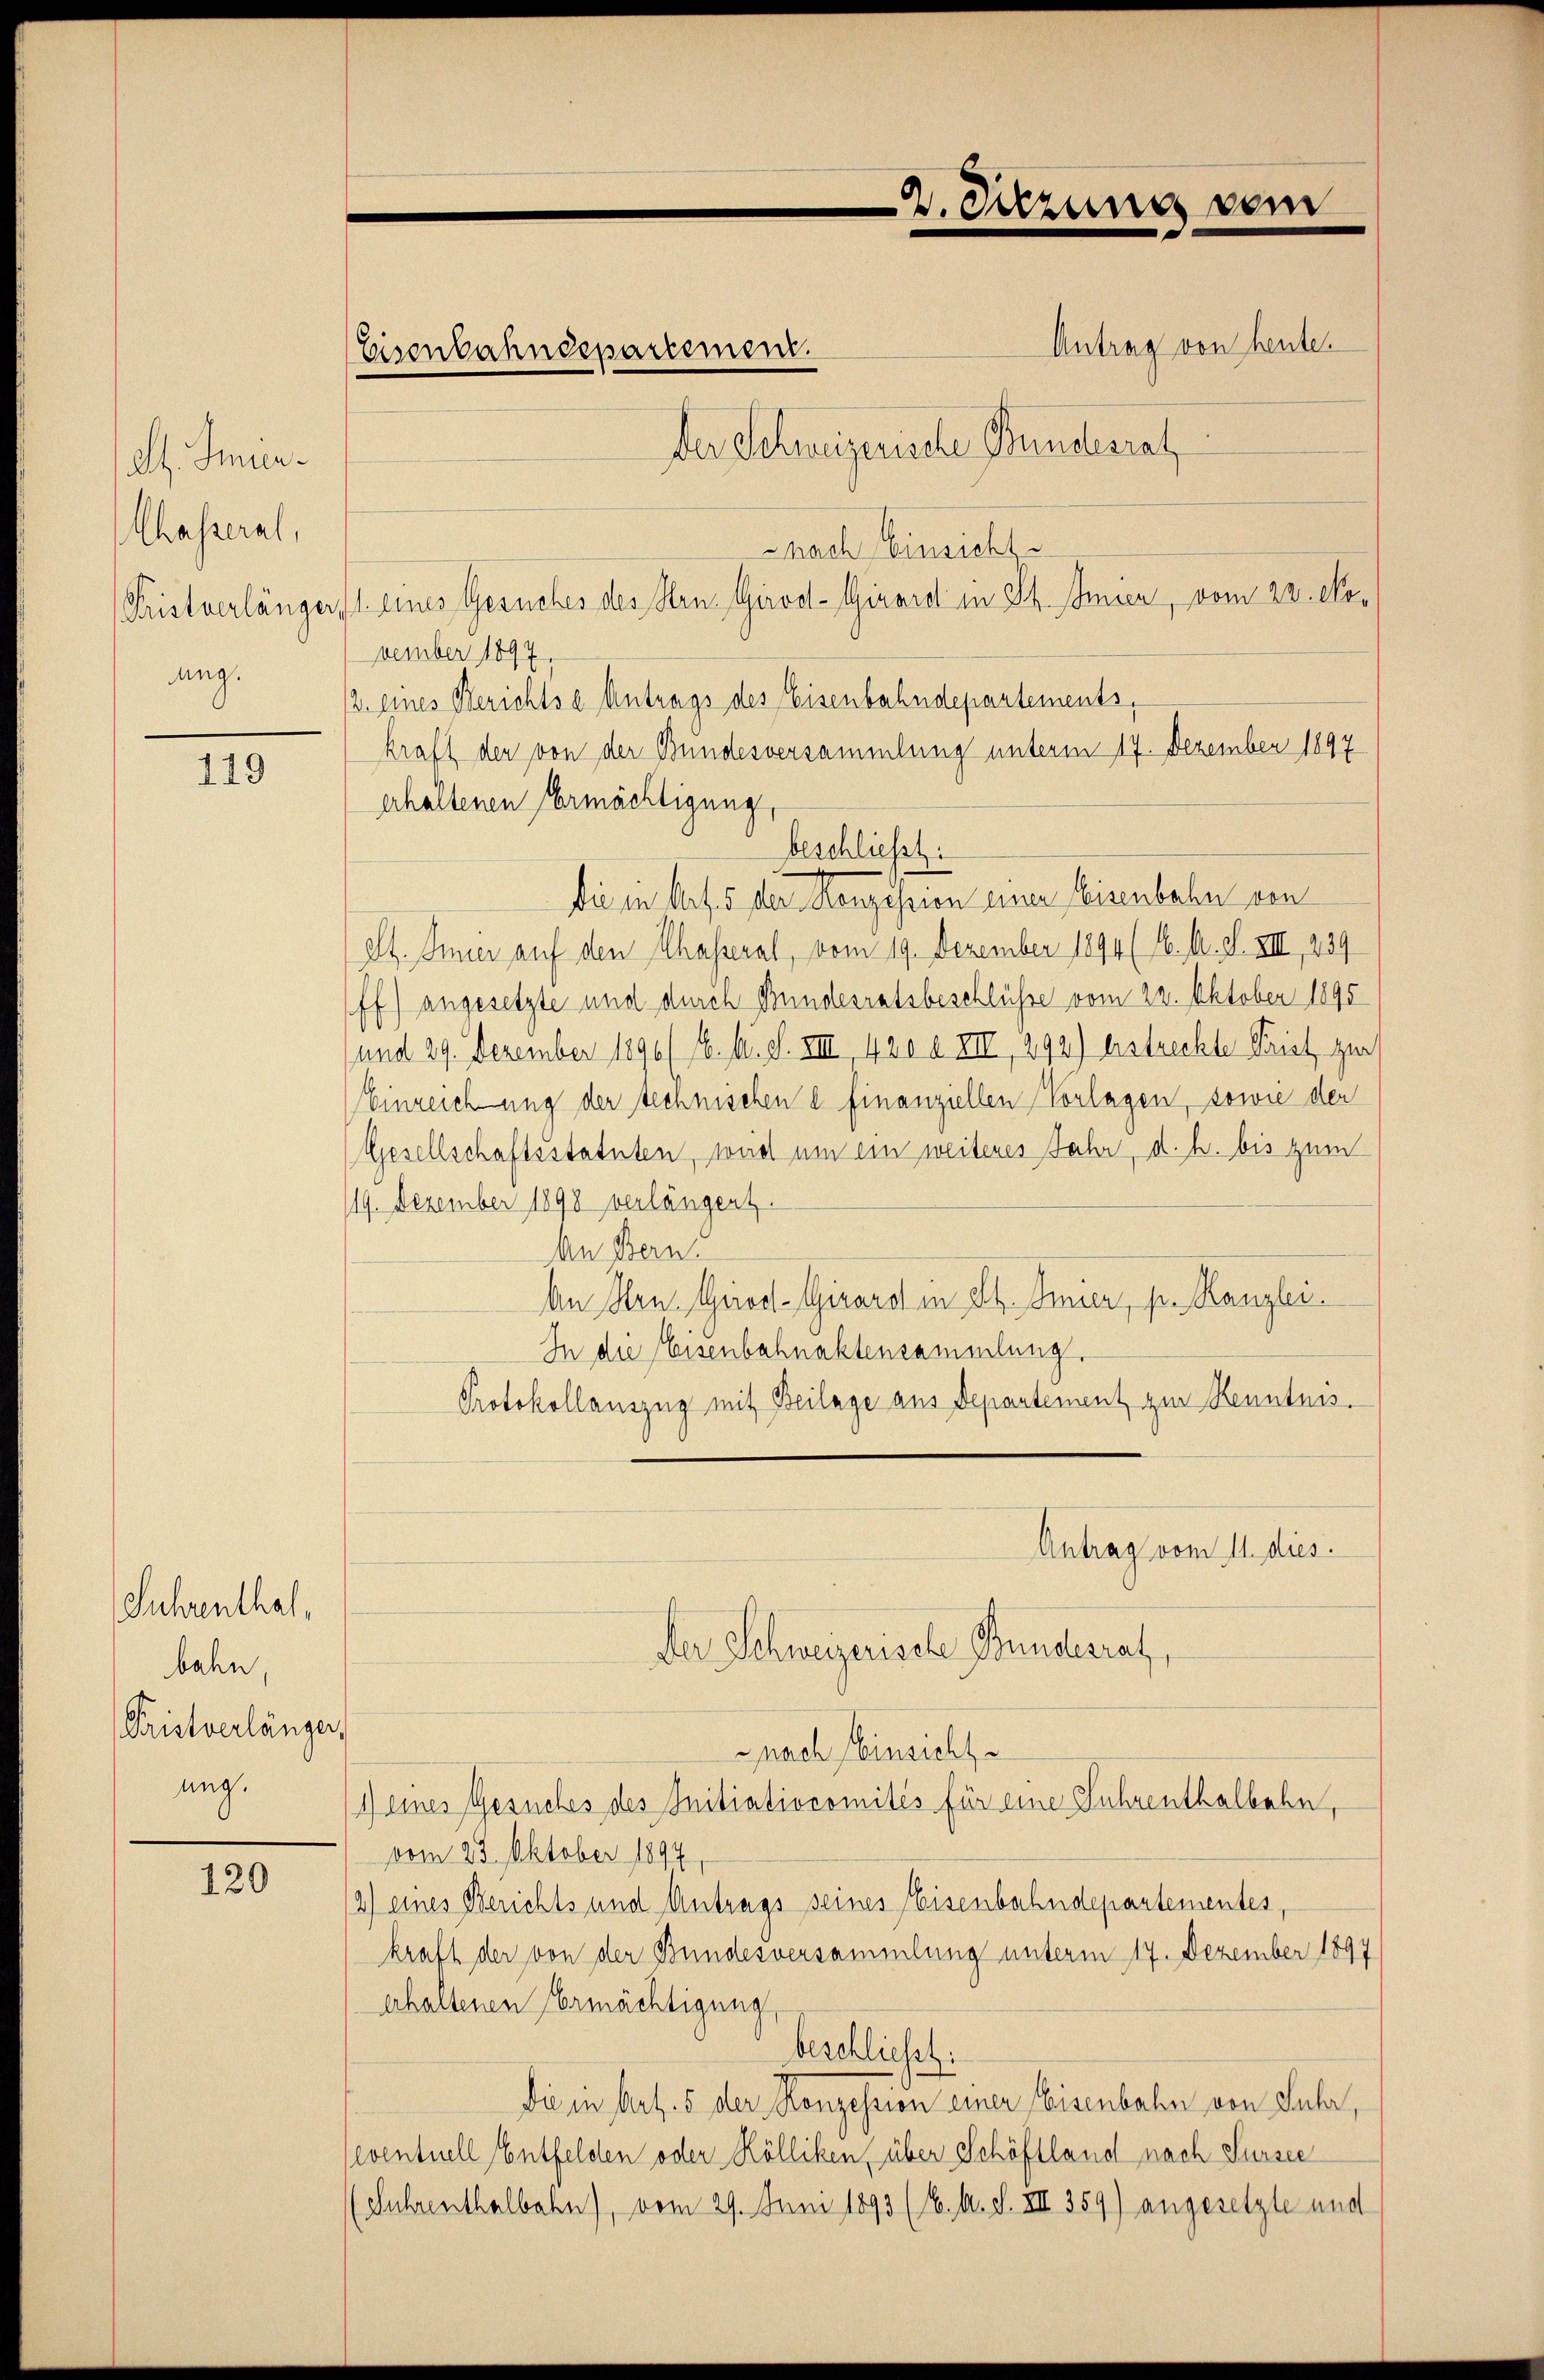
dt. Imica¬
Chasseral,
ang.

119

Suhrenthal,
bahn,
Paristverlänger,
ung.

120

Antrag von heute.
Der Schweizerische Bundesrat
-nach Einsicht
Fristverlänger (1. eines Gesuches des Hrn. Girod-Girard in St. Amier, vom 23. November 1897.
2. eines Berichtse Antrags des Eisenbahndepartements,
kraft der von der Bundesversammlung unterm 17. Dezember 1897
erhaltenen Ermächtigung,
beschließt:
die in Art. 5 der Konzession einer Weisenbaber von
St. Inner auf den Chasseral, vom 19. Dezember 1894 (4. A. d. VIII, 239
ff) angesetzte und durch Bundesratsbeschlüsse vom 22. Oktober 1895
und 29. Dezember 1890/ 16. d. d. VIII, 420 Z XIII, 292) bestrechte Priet zur
Einreichung der technischen e finanziellen Vorlagen, sowie der
Gesellschaftsstatuten, weid um ein weiteres Jahr, d. h. bis zum
19. Dezember 1898 verlängent.
An Bern
An Hrn. Giroct-Girard in St. Fier, pr. Kanzlei.
In die Eisenbahnaktensammlung.
Protokollauszug mit Beilage aus Departement zur Kenntnis.
Antrag vom 11. dies
Der Schweizerische Bundesrat
nach Einsicht
1) eines Gesuches des Initiatiocomités für eine Jahrenthalbahn,
vom 23. Oktober 1894
2) eines Berichts und Antrags seines Eisenbahndepartementes,
kraft der von der Bundesversammlung unterm 17. Dezember 1897
erhaltenen Ermächtigung
beschließt:
die in hert. 5 der Konzession einer Eisenbahn von Jahr,
eventuell Entfelden oder Kölliken, über Schöftland nach Sursee
(Suhrenthalbahn), vom 29. Juni 1893 (16. d. d. VII 359) angesetzte und

Eisenbahndepartement.

2. Sitzung vom